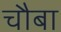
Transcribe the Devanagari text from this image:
चौबा